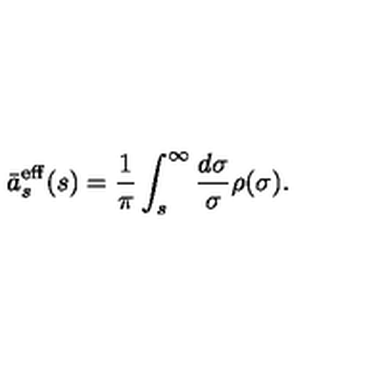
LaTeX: \bar { a } _ { s } ^ { \mathrm { e f f } } ( s ) = \frac { 1 } { \pi } \int _ { s } ^ { \infty } \frac { d \sigma } { \sigma } \rho ( \sigma ) .